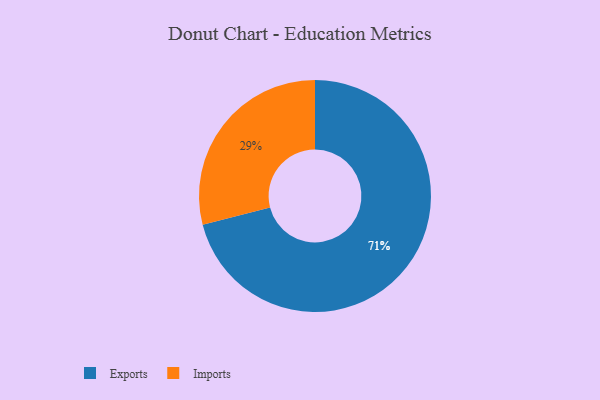
{"axis": {"x": "Category", "y": "Percentage"}, "legend": ["Exports", "Imports"], "data": [{"x": "Exports", "y": 71, "type": "Exports"}, {"x": "Imports", "y": 29, "type": "Imports"}]}